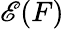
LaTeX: \mathscr{E}(F)